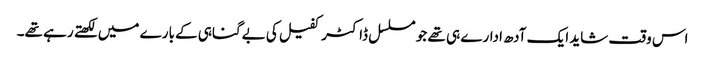
اس وقت شاید ایک آدھ ادارے ہی تھے جو مسلسل ڈاکٹر کفیل کی بےگناہی کے بارے میں لکھتے رہے تھے۔